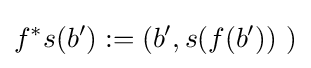
f^{*}s(b'):=(b',s(f(b'))\ )